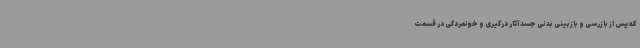
که پس از بازرسی و بازبینی بدنی جسد آثار درگیری و خونمردگی در قسمت